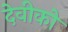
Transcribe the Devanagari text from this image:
देवीको